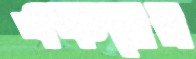
একনের